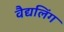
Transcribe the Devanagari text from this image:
वैद्यलिंग